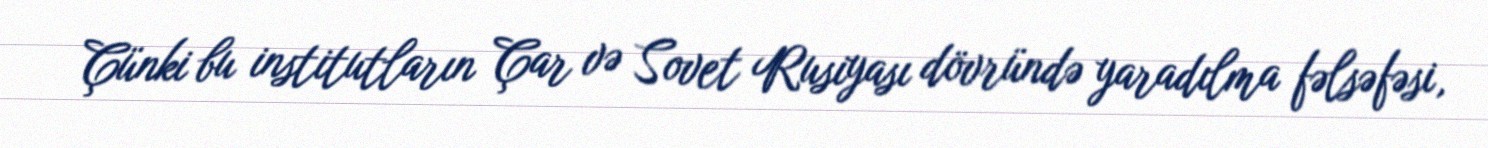
Çünki bu institutların Çar və Sovet Rusiyası dövründə yaradılma fəlsəfəsi,